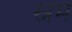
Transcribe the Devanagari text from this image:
स्नेम